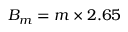
B _ { m } = m \times 2 . 6 5